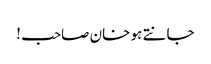
جانتے ہو خان صاحب !